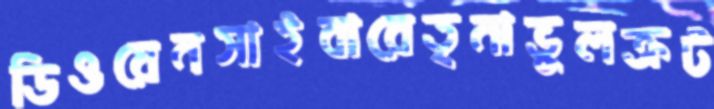
ডিওয়েনসাইবারেতৃনাভুলক্রট